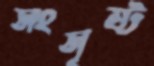
সংসৃষ্ট